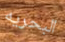
البحريه